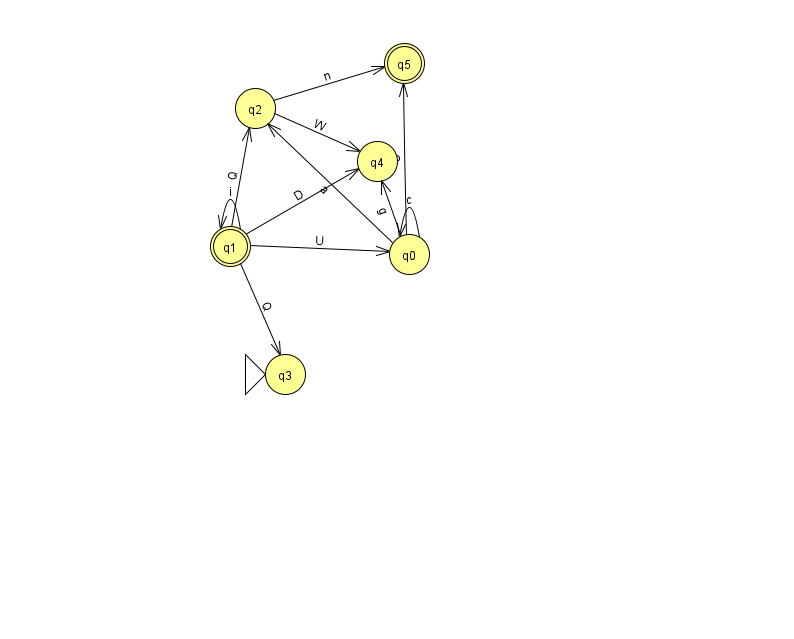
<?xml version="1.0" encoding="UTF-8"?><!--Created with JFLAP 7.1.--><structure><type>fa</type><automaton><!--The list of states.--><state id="0" name="q0"><x>409.0</x><y>241.0</y></state><state id="1" name="q1"><x>230.0</x><y>233.0</y><final/></state><state id="2" name="q2"><x>255.0</x><y>95.0</y></state><state id="3" name="q3"><x>285.0</x><y>361.0</y><initial/></state><state id="4" name="q4"><x>377.0</x><y>148.0</y></state><state id="5" name="q5"><x>404.0</x><y>50.0</y><final/></state><!--The list of transitions.--><transition><from>1</from><to>3</to><read>Q</read></transition><transition><from>0</from><to>0</to><read>c</read></transition><transition><from>1</from><to>0</to><read>U</read></transition><transition><from>2</from><to>4</to><read>W</read></transition><transition><from>0</from><to>4</to><read>g</read></transition><transition><from>1</from><to>1</to><read>i</read></transition><transition><from>0</from><to>5</to><read>Q</read></transition><transition><from>1</from><to>4</to><read>D</read></transition><transition><from>2</from><to>5</to><read>n</read></transition><transition><from>0</from><to>2</to><read>a</read></transition><transition><from>1</from><to>2</to><read>Q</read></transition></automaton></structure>